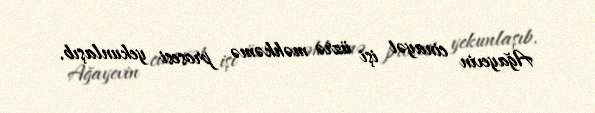
Ağayevin cinayət işi üzrə məhkəmə prosesi yekunlaşıb.